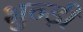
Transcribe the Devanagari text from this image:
भुन्ड़ी